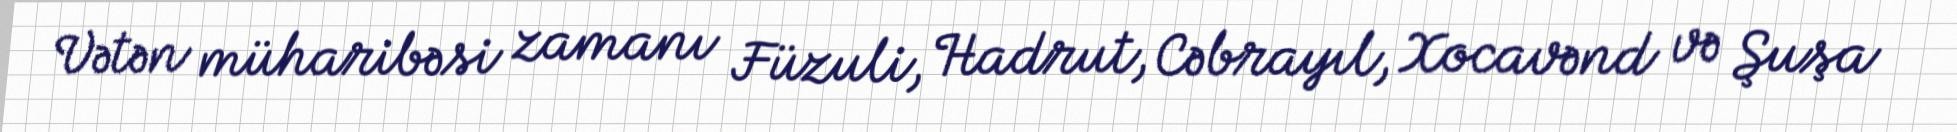
Vətən müharibəsi zamanı Füzuli, Hadrut, Cəbrayıl, Xocavənd və Şuşa